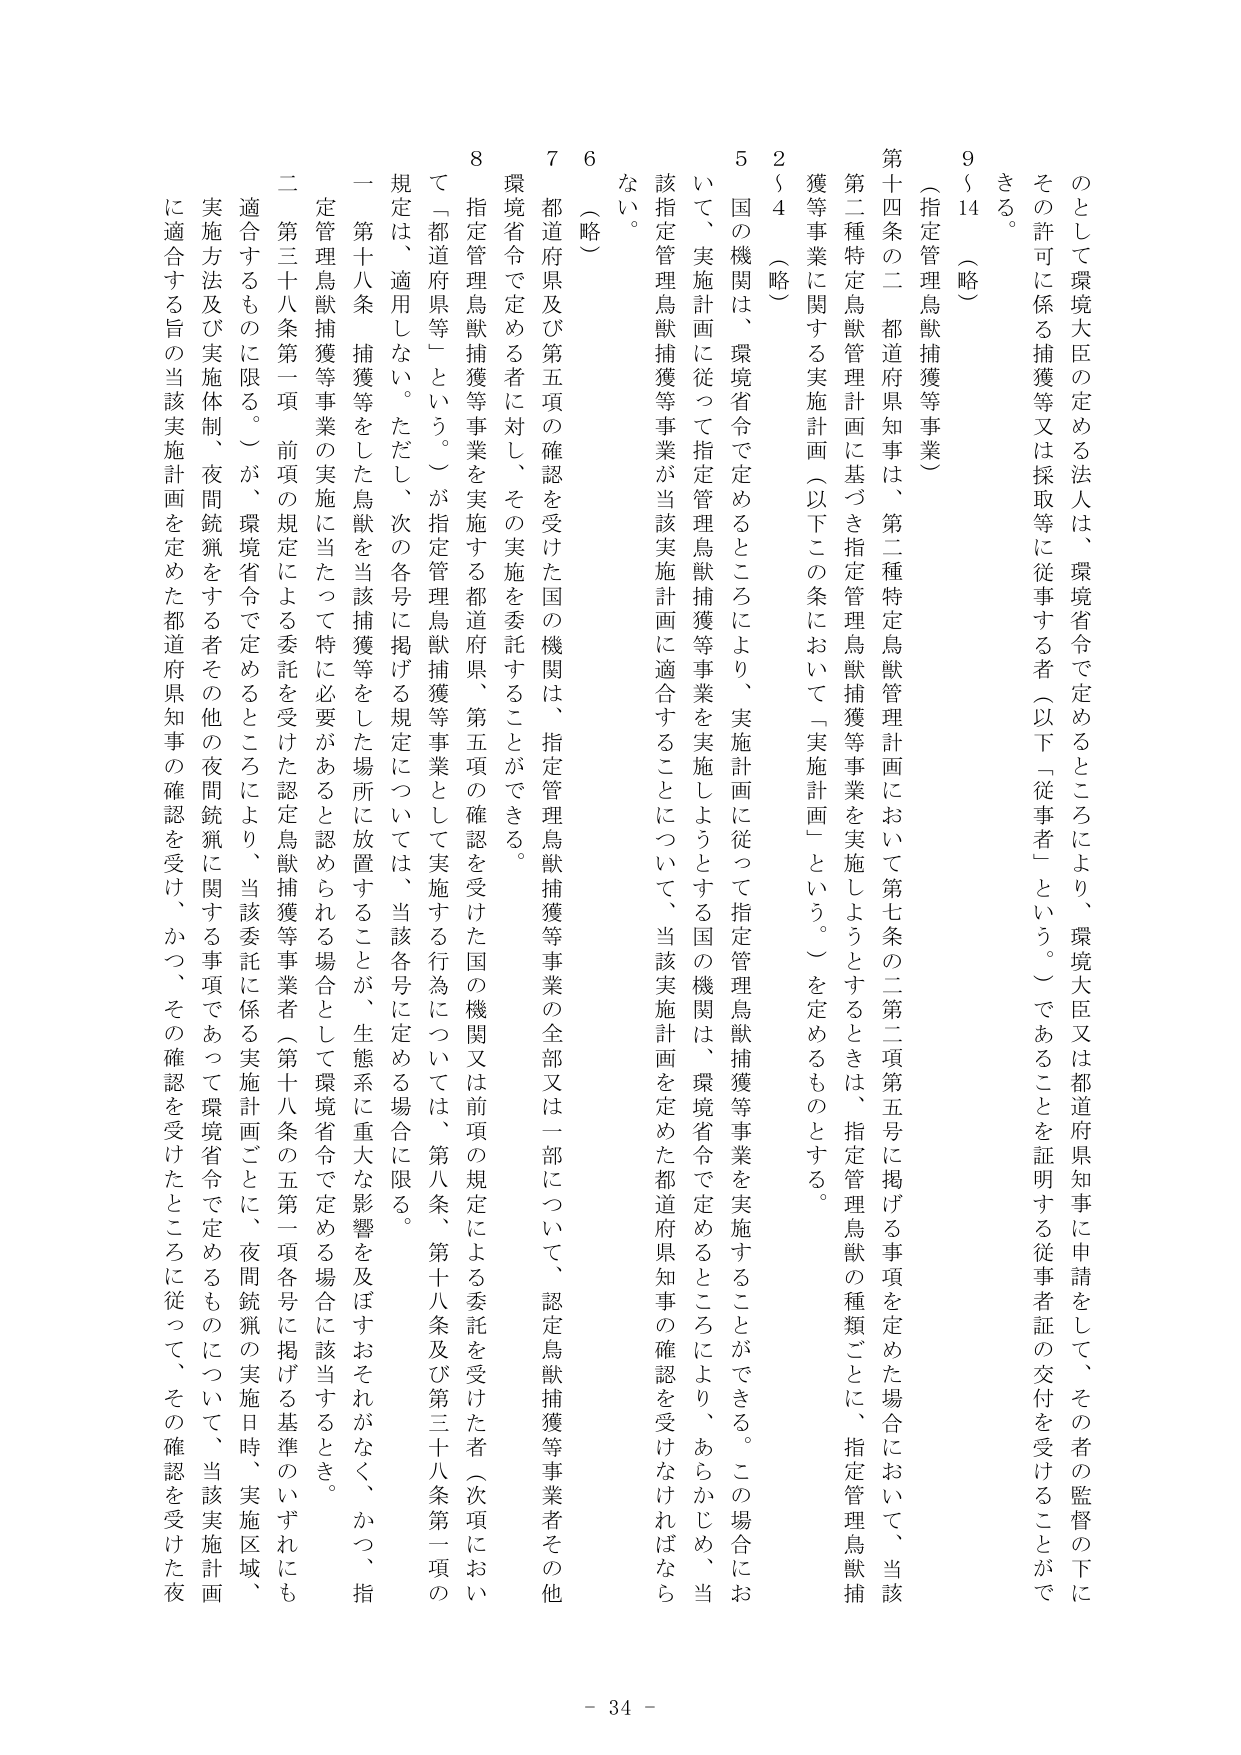
のとして環境大臣の定める法人は、環境省令で定めるところにより、環境大臣又は都道府県知事に申請をして、その者の監督の下に
その許可に係る捕獲等又は採取等に従事する者（以下「従事者」という。）であることを証明する従事者証の交付を受けることができ
る。
9～14（略）
（指定管理鳥獣捕獲等事業）
第十四条の二 都道府県知事は、第二種特定鳥獣管理計画において第七条の二第二項第五号に掲げる事項を定めた場合において、当該
第二種特定鳥獣管理計画に基づき指定管理鳥獣捕獲等事業を実施しようとするときは、指定管理鳥獣の種類ごとに、指定管理鳥獣捕
獲等事業に関する実施計画（以下この条において「実施計画」という。）を定めるものとする。
2～4（略）
5 国の機関は、環境省令で定めるところにより、実施計画に従って指定管理鳥獣捕獲等事業を実施することができる。この場合にお
いて、実施計画に従って指定管理鳥獣捕獲等事業を実施しようとする国の機関は、環境省令で定めるところにより、あらかじめ、当
該指定管理鳥獣捕獲等事業が当該実施計画に適合することについて、当該実施計画を定めた都道府県知事の確認を受けなければなら
ない。
6（略）
7 都道府県及び第五項の確認を受けた国の機関は、指定管理鳥獣捕獲等事業の全部又は一部について、認定鳥獣捕獲等事業者その他
環境省令で定める者に対し、その実施を委託することができる。
8 環境省令で定める者を実施する都道府県、第五項の確認を受けた国の機関又は前項の規定による委託を受けた者（次項において
「都道府県等」という。）が指定管理鳥獣捕獲等事業として実施する行為については、第八条、第十八条及び第三十八条第一項の
規定は、適用しない。ただし、次の各号に掲げる規定については、当該各号に定める場合に限る。
一 第十八条 捕獲等をした鳥獣を当該捕獲等をした場所に放置することが、生態系に重大な影響を及ぼすおそれがなく、かつ、指
定管理鳥獣捕獲等事業の実施に当たって特に必要があると認められる場合として環境省令で定める場合に該当するとき。
二 第三十八条第一項 前項の規定による委託を受けた認定鳥獣捕獲等事業者（第十八条の五第一項各号に掲げる基準のいずれにも
適合するものに限る。）が、環境省令で定めるところにより、当該委託に係る実施計画ごとに、夜間銃猟の実施日時、実施区域、
実施方法及び実施体制、夜間銃猟をする者その他の夜間銃猟に関する事項であって環境省令で定めるものについて、当該実施計画
に適合する旨の当該実施計画を定めた都道府県知事の確認を受け、かつ、その確認を受けたところに従って、その確認を受けた夜
- 34 -